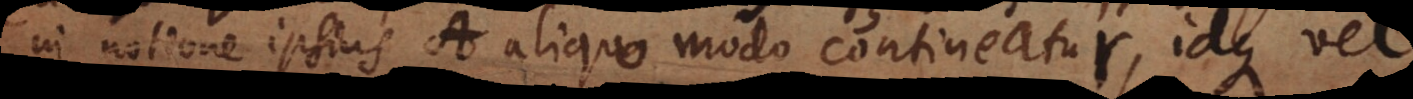
in notione ipsius A aliquo modo contineatur, idque vel